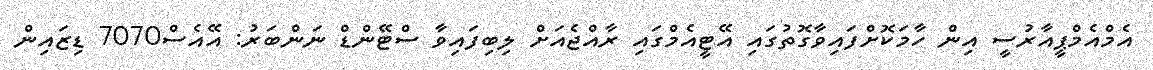
އެމްއެމްޕީއާރުސީ އިން ހާމަކޮށްފައިވާގޮތުގައި އޭޓީއެމްގައި ރާއްޖެއަށް ލިބިފައިވާ ސްޓޭންޑް ނަންބަރު: އޭއެސް7070 ޑިޒައިން